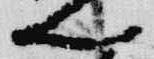
卿